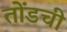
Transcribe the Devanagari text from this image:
तोंडची